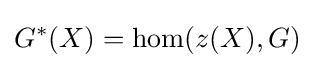
G^{\ast }(X)=\mathrm {hom} (z(X),G)